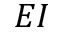
E I